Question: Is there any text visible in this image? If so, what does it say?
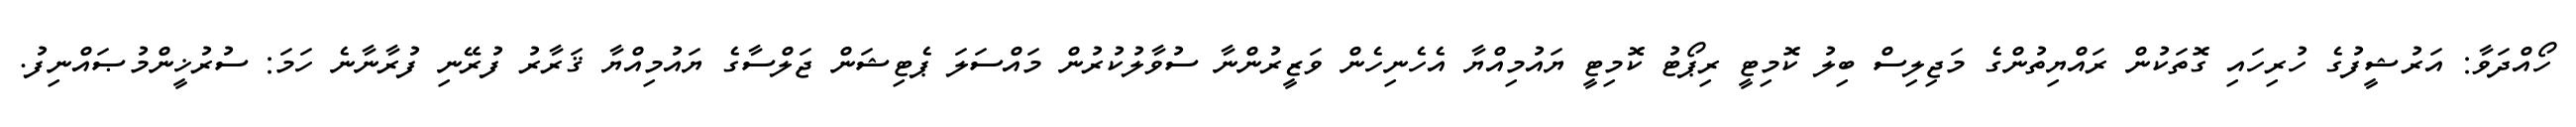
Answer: ހޯއްދަވާ: އަރުޝީފުގެ ހުރިހައި ގޮތަކުން ރައްޔިތުންގެ މަޖިލިސް ބިލު ކޮމިޓީ ރިޕޯޓު ކޮމިޓީ ޔައުމިއްޔާ އެހެނިހެން ވަޒީރުންނާ ސުވާލުކުރުން މައްސަލަ ޕެޓިޝަން ޖަލްސާގެ ޔައުމިއްޔާ ޤަރާރު ފުރޭނި ފުރާނާނެ ހަމަ: ސުރުޚީންމުޞައްނިފު.